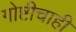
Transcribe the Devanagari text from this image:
गोष्टीचाही